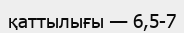
қаттылығы — 6,5-7